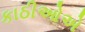
કાઠીઓએ